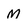
Character: M